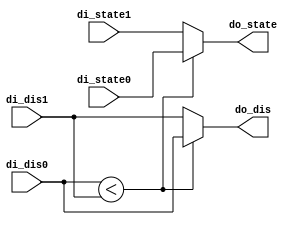
module SDS(   
    input [11:0] di_dis0,
    input [11:0] di_dis1,
    input [5:0] di_state0,
    input [5:0] di_state1,
    output [11:0] do_dis,
    output [5:0] do_state
    );
    
    // function to compare two distance
    function [11:0] find_smaller_distance;
    input [11:0] di_dis0;
    input [11:0] di_dis1;
    begin
        if (di_dis0 < di_dis1) begin
            find_smaller_distance = di_dis0;
        end
        else begin
            find_smaller_distance = di_dis1;
        end
    end
    endfunction

    // function to get survivor(get smaller/better state)
    function [5:0] find_smaller_state;
    input [11:0] di_dis0;
    input [11:0] di_dis1;
    input [5:0] di_state0;
    input [5:0] di_state1;
    begin
        if (di_dis0 < di_dis1) begin
            find_smaller_state = di_state0;
        end
        else begin
            find_smaller_state = di_state1;
        end
    end
    endfunction

    // get the compare result
    assign do_dis = find_smaller_distance(di_dis0,di_dis1);
    assign do_state = find_smaller_state(di_dis0,di_dis1,di_state0,di_state1);

endmodule